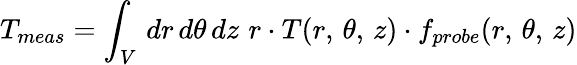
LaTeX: T_{meas}=\int_{V}\, dr\, d\theta\, dz\, \, r\cdot T(r,\, \theta,\, z)\cdot f_{probe}(r,\, \theta,\, z)